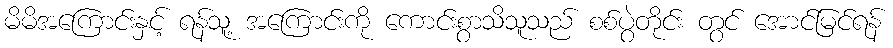
မိမိအကြောင်းနှင့် ရန်သူ့ အကြောင်းကို ကောင်းစွာသိသူသည် စစ်ပွဲတိုင်း တွင် အောင်မြင်ရန်